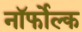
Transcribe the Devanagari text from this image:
नॉर्फोल्क